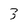
Character: 3